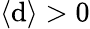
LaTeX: \langle\mathrm{d}\rangle>0